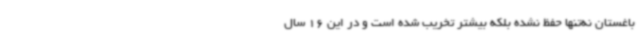
باغستان نه‌تنها حفظ نشده بلکه بیشتر تخریب‌ شده است و در این 16 سال